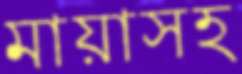
মায়াসহ